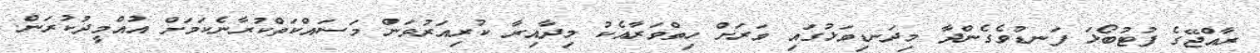
ރާއްޖޭގެ ފުޓުބޯޅަ ފަނޑުވެގެންދާ މިދަނޑިވަޅުގައި ވަރަށް ހިތްވަރާއެކު މިދާއިރާ ކުރިއަރުވަން މަސައްކަތްކުރާނެކަމަށް އުއްމީދުކުރަން.